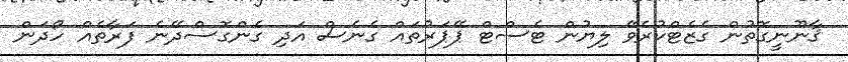
ޤާނޫނީގޮތުން ގެޒެޓްކުރެވޭ ލިޔުން ޓެސްޓް ޕޭޕަރުތައް ގެނެސް އަދި ގެންގޮސްދޭނެ ފަރާތެއް ހޯދަން